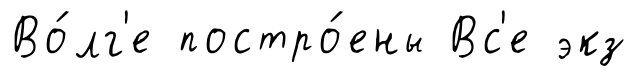
Во́лг'е постро́ены Вс'е экз